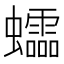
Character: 𧕅